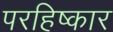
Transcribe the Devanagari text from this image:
परहिष्कार